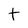
Character: t